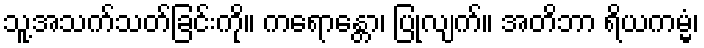
သူ့အသက်သတ်ခြင်းကို။ ကရောန္တော၊ ပြုလျက်။ အတိဘာ ရိယကမ္မံ၊